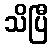
သိပြီ